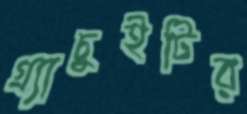
গ্র্যাচুইটির